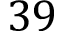
3 9